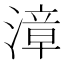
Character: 漳